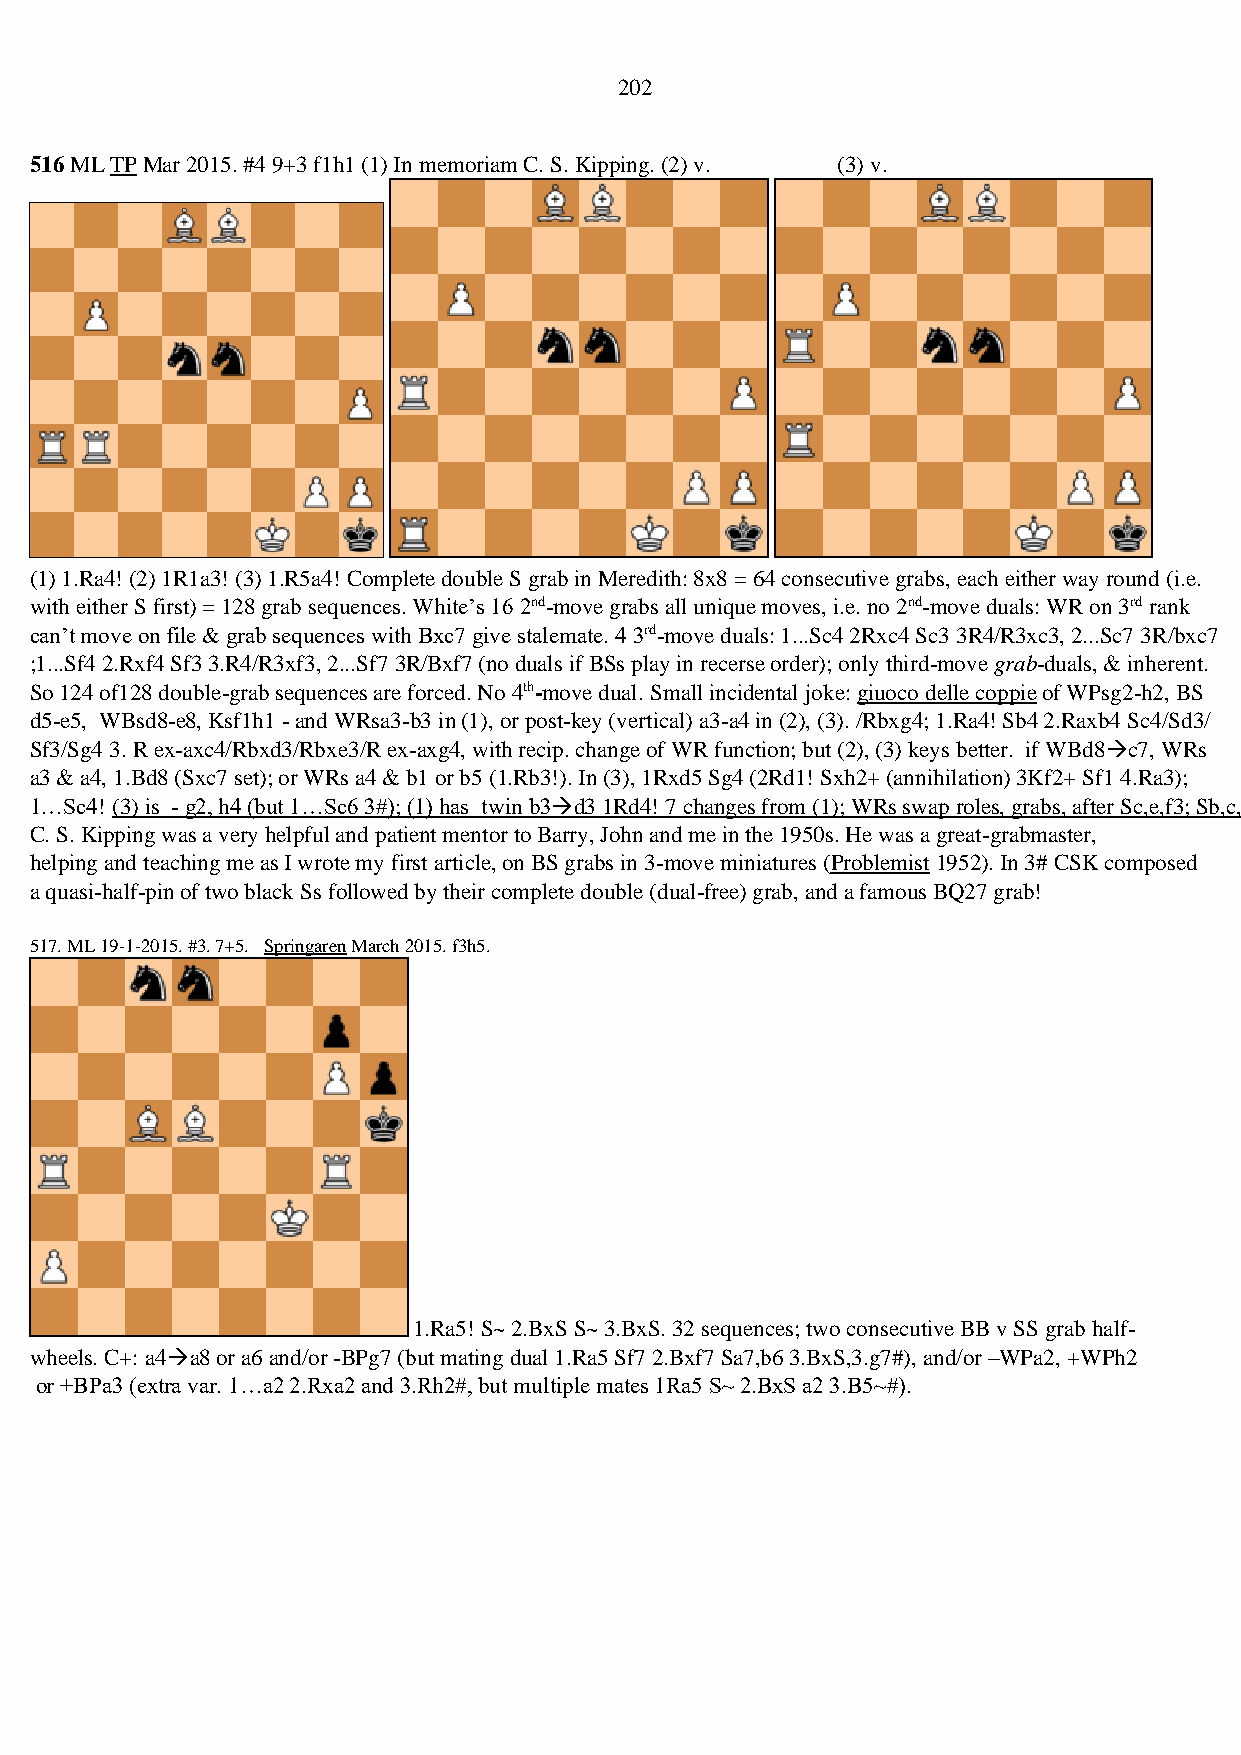
202
 516 ML TP Mar 2015. #4 9+3 f1h1 (1) In memoriam C. S. Kipping. (2) v. (3) v.
 (1) 1.Ra4! (2) 1R1a3! (3) 1.R5a4! Complete double S grab in Meredith: 8x8 = 64 consecutive grabs, each either way round (i.e.
 with either S first) = 128 grab sequences. White’s 16 2nd-move grabs all unique moves, i.e. no 2nd-move duals: WR on 3rd rank
 can’t move on file & grab sequences with Bxc7 give stalemate. 4 3rd-move duals: 1...Sc4 2Rxc4 Sc3 3R4/R3xc3, 2...Sc7 3R/bxc7
 ;1...Sf4 2.Rxf4 Sf3 3.R4/R3xf3, 2...Sf7 3R/Bxf7 (no duals if BSs play in recerse order); only third-move grab-duals, & inherent.
 So 124 of128 double-grab sequences are forced. No 4th-move dual. Small incidental joke: giuoco delle coppie of WPsg2-h2, BS
 d5-e5, WBsd8-e8, Ksf1h1 - and WRsa3-b3 in (1), or post-key (vertical) a3-a4 in (2), (3). /Rbxg4; 1.Ra4! Sb4 2.Raxb4 Sc4/Sd3/
 Sf3/Sg4 3. R ex-axc4/Rbxd3/Rbxe3/R ex-axg4, with recip. change of WR function; but (2), (3) keys better. if WBd8→c7, WRs
 a3 & a4, 1.Bd8 (Sxc7 set); or WRs a4 & b1 or b5 (1.Rb3!). In (3), 1Rxd5 Sg4 (2Rd1! Sxh2+ (annihilation) 3Kf2+ Sf1 4.Ra3);
 1…Sc4! (3) is - g2, h4 (but 1…Sc6 3#); (1) has twin b3→d3 1Rd4! 7 changes from (1); WRs swap roles, grabs, after Sc,e,f3; Sb,c,f,g4.
 C. S. Kipping was a very helpful and patient mentor to Barry, John and me in the 1950s. He was a great-grabmaster,
 helping and teaching me as I wrote my first article, on BS grabs in 3-move miniatures (Problemist 1952). In 3# CSK composed
 a quasi-half-pin of two black Ss followed by their complete double (dual-free) grab, and a famous BQ27 grab!
 517. ML 19-1-2015. #3. 7+5. Springaren March 2015. f3h5.
 1.Ra5! S~ 2.BxS S~ 3.BxS. 32 sequences; two consecutive BB v SS grab half-
 wheels. C+: a4→a8 or a6 and/or -BPg7 (but mating dual 1.Ra5 Sf7 2.Bxf7 Sa7,b6 3.BxS,3.g7#), and/or –WPa2, +WPh2
 or +BPa3 (extra var. 1…a2 2.Rxa2 and 3.Rh2#, but multiple mates 1Ra5 S~ 2.BxS a2 3.B5~#).